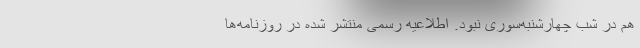
هم در شب چهارشنبه‌سوری نبود. اطلاعیه رسمی منتشر شده در روزنامه‌ها